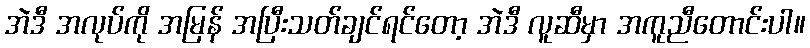
အဲဒီ အလုပ်ကို အမြန် အပြီးသတ်ချင်ရင်တော့ အဲဒီ လူဆီမှာ အကူညီတောင်းပါ။